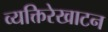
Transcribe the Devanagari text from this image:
व्यक्तिरेखाटन